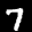
Label: 7